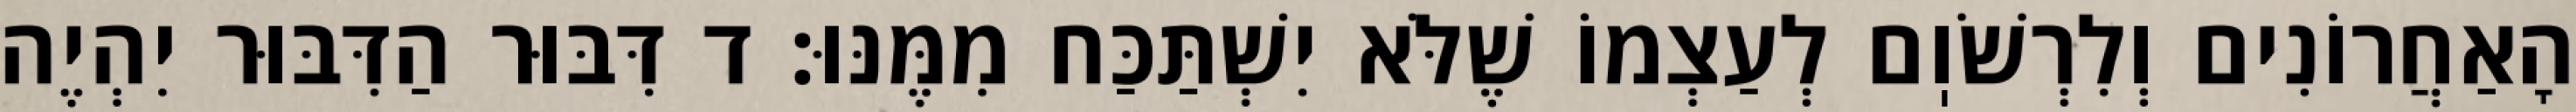
הָאַחֲרוֹנִים וְלִרְשֹׁוֽם לְעַצְמוֹ שֶׁלֹּא יִשְׁתַּכַּח מִמֶּנּוּ: ד דִּבּוּר הַדִּבּוּר יִהְיֶה